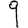
Digit: 9